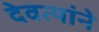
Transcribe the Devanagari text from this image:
देवत्यांने